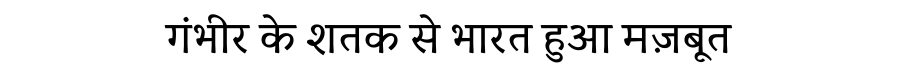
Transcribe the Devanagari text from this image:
गंभीर के शतक से भारत हुआ मज़बूत